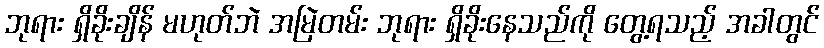
ဘုရား ရှိခိုးချိန် မဟုတ်ဘဲ အမြဲတမ်း ဘုရား ရှိခိုးနေသည်ကို တွေ့ရသည့် အခါတွင်